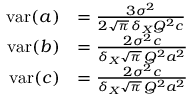
{ \begin{array} { r l } { \operatorname { v a r } ( a ) } & { = { \frac { 3 \sigma ^ { 2 } } { 2 { \sqrt { \pi } } \, \delta _ { X } Q ^ { 2 } c } } } \\ { \operatorname { v a r } ( b ) } & { = { \frac { 2 \sigma ^ { 2 } c } { \delta _ { X } { \sqrt { \pi } } \, Q ^ { 2 } a ^ { 2 } } } } \\ { \operatorname { v a r } ( c ) } & { = { \frac { 2 \sigma ^ { 2 } c } { \delta _ { X } { \sqrt { \pi } } \, Q ^ { 2 } a ^ { 2 } } } } \end{array} }